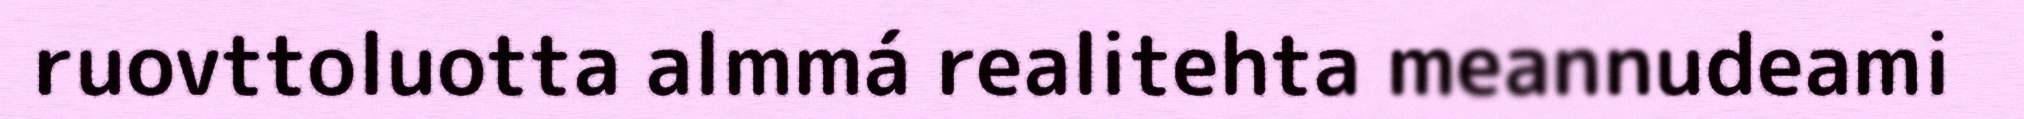
ruovttoluotta almmá realitehta meannudeami